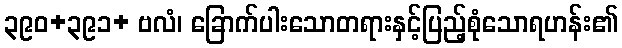
၃၉၀+၃၉၁+ ဗလံ၊ ခြောက်ပါးသောတရားနှင့်ပြည့်စုံသောရဟန်း၏